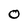
Character: 0